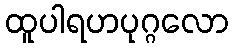
ထူပါရဟပုဂ္ဂလော